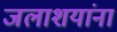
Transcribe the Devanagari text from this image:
जलाशयांना